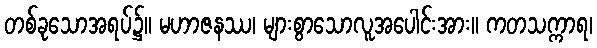
တစ်ခုသောအရပ်၌။ မဟာဇနဿ၊ များစွာသောလူအပေါင်းအား။ ကတသက္ကာရ၊